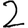
Digit: 2